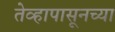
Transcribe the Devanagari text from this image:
तेव्हापासूनच्या